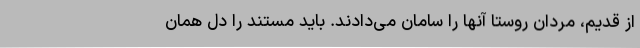
از قدیم، مردان روستا آنها را سامان می‌دادند. باید مستند را دل همان